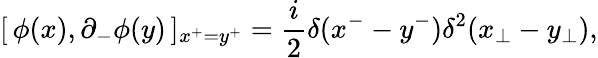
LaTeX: [\, \phi(x),\partial_{-}\phi(y)\, ]_{x^{+}=y^{+}}=\frac{i}{2}\delta(x^{-}-y^{-})\delta^{2}(x_{\perp}-y_{\perp}),